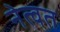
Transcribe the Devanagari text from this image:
नेत्वत